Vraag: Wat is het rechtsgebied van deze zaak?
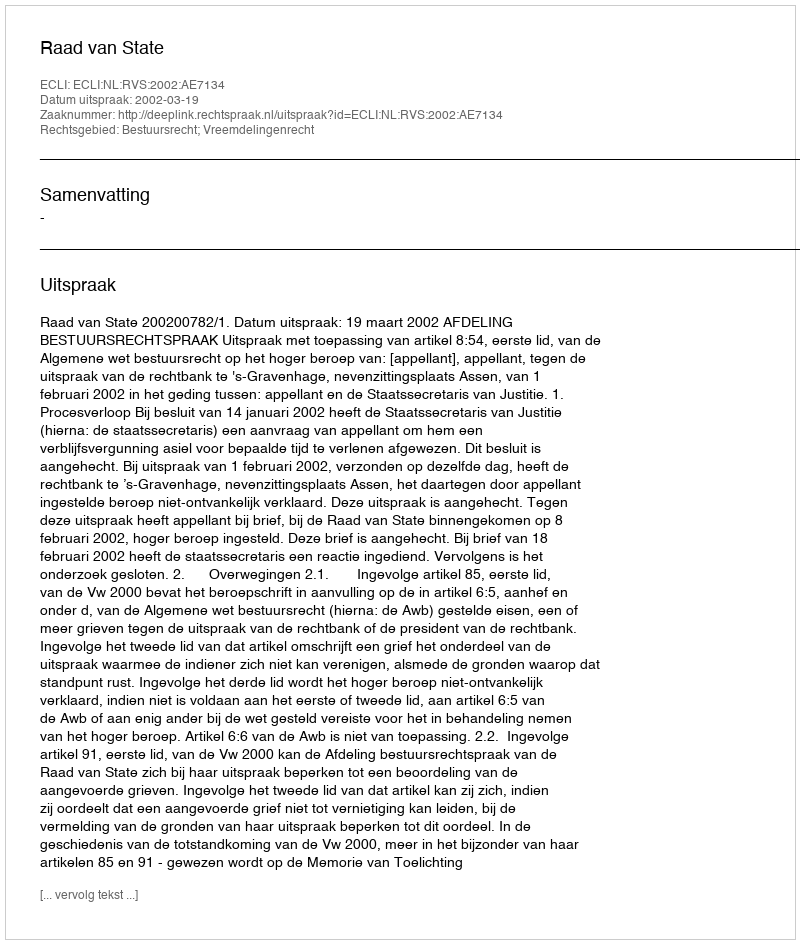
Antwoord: Bestuursrecht; Vreemdelingenrecht